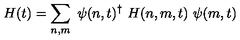
H ( t ) = \sum _ { n , m } \ \psi ( n , t ) ^ { \dagger } \ H ( n , m , t ) \ \psi ( m , t )